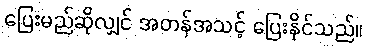
ပြေးမည်ဆိုလျှင် အတန်အသင့် ပြေးနိုင်သည်။